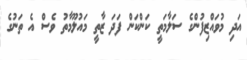
އަދި މުވައްޒިފުންގެ ސަލާމަތީ ކަންކަން ފަދަ ޒާތީ މައުލޫމާތު ވެސް އެ ތަނުގެ